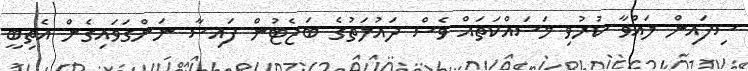
ސިފައިން ލައްވާ ކުރުވި މަސައްކަތައް ވެސް ދައުލަތުގެ ބަޖެޓުން ފައިސާ ނަންގަވައިގެން އެތިބީ